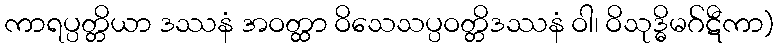
ကာရပ္ပတ္တိယာ ဒဿနံ အဝတ္ထာ ဝိသေသပ္ပဝတ္တိဒဿနံ ဝါ၊ ဝိသုဒ္ဓိမဂ်ဋီကာ)